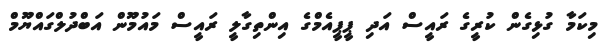
މިކަމާ ގުޅިގެން ކުރީގެ ރައީސް އަދި ޕީޕީއެމްގެ އިންތިގާލީ ރައީސް މައުމޫން އަބްދުލްގައްޔޫމް